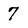
Character: 7